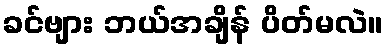
ခင်ဗျား ဘယ်အချိန် ပိတ်မလဲ။